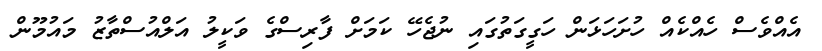
އެއްވެސް ހެއްކެއް ހުށަހަޅަން ހަގީގަތުގައި ނުޖެހޭ ކަމަށް ފާރިސްގެ ވަކީލު އަލްއުސްތާޒު މައުމޫން